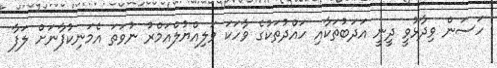
ހަސަން ވިދާޅުވީ ދީނީ އަދަބުތަކާއި ހައްދުތަކުގެ ވާހަކަ ވަލިއްޔުލްއަމްރު ނުވަތަ އެމަނިކުފާނަށް ލަފާ